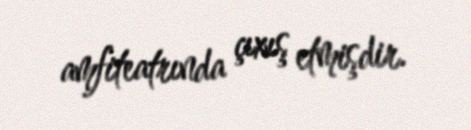
amfiteatrında çıxış etmişdir.